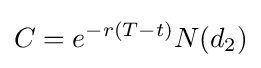
C=e^{-r(T-t)}N(d_{2})